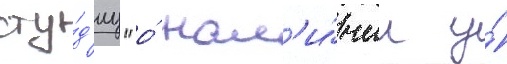
сту́д'иу "о́ нал'и́чии у́